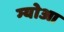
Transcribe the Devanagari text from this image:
ग्योआ